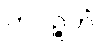
ကပ္ပဉ္ဇဟံ